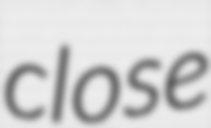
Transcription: close